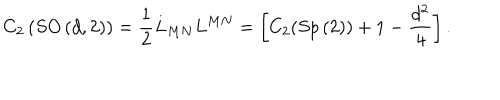
LaTeX: C _ { 2 } \left( S O \left( d , 2 \right) \right) = \frac { 1 } { 2 } L _ { M N } L ^ { M N } = \left[ C _ { 2 } ( S p \left( 2 \right) ) + 1 - \frac { d ^ { 2 } } { 4 } \right] .